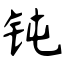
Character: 钝